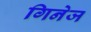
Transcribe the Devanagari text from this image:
गिनेज